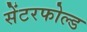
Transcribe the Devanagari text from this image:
सेंटरफोल्ड